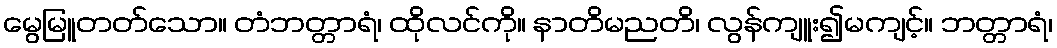
မွေမြူတတ်သော။ တံဘတ္တာရံ၊ ထိုလင်ကို။ နာတိမညတိ၊ လွန်ကျူး၍မကျင့်။ ဘတ္တာရံ၊